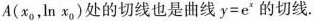
A(x_{0}，\ln{x_{0}})处的切线也是曲线$$y = e ^ { x }$$的切线.